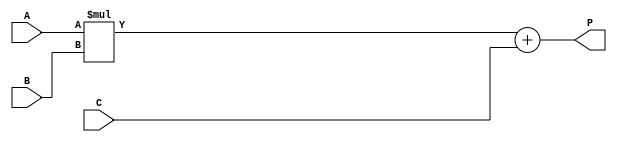
`timescale 1ns / 1ps

module multadd #(parameter	N = 8)
(
	input		[N-1:0]A,
	input		[N-1:0]B,
	input		[N*2-1:0]C,
	output [N*2-1:0]P
);

wire [2*N-1:0]mux;
wire [2*N-1:0]mul;
assign mux = A*B;
assign mul = mux+C;
assign P=mul;

endmodule